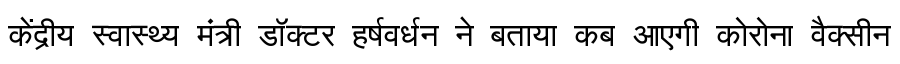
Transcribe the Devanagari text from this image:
केंद्रीय स्वास्थ्य मंत्री डॉक्टर हर्षवर्धन ने बताया कब आएगी कोरोना वैक्सीन